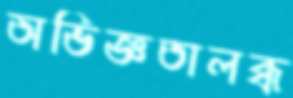
অভিজ্ঞতালব্ধ